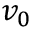
v _ { 0 }